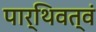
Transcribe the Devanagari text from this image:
पार्थिवत्वं